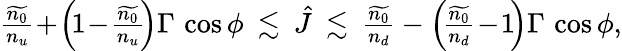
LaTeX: \begin{array}{r}{\frac{\widetilde{n_{0}}}{n_{u}}\! +\! \left(\! 1\! -\! \frac{\widetilde{n_{0}}}{n_{u}}\! \right)\Gamma\, \cos\phi\: \lesssim\: \hat{J}\: \lesssim\: \frac{\widetilde{n_{0}}}{n_{d}}-\left(\! \frac{\widetilde{n_{0}}}{n_{d}}\! -\! 1\! \right)\Gamma\, \cos\phi,}\end{array}